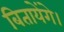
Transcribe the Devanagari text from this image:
बितायेंगे।